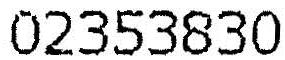
02353830